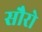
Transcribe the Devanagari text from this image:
सौरो